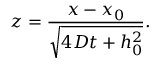
z = \frac { x - x _ { 0 } } { \sqrt { 4 D t + h _ { 0 } ^ { 2 } } } .